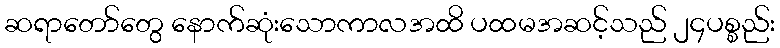
ဆရာတော်တွေ နောက်ဆုံးသောကာလအထိ ပထမအဆင့်သည် ၂၄ပစ္စည်း